Vaccination in the Punjab 1905-1918 - 1905-1918
Year: 1905
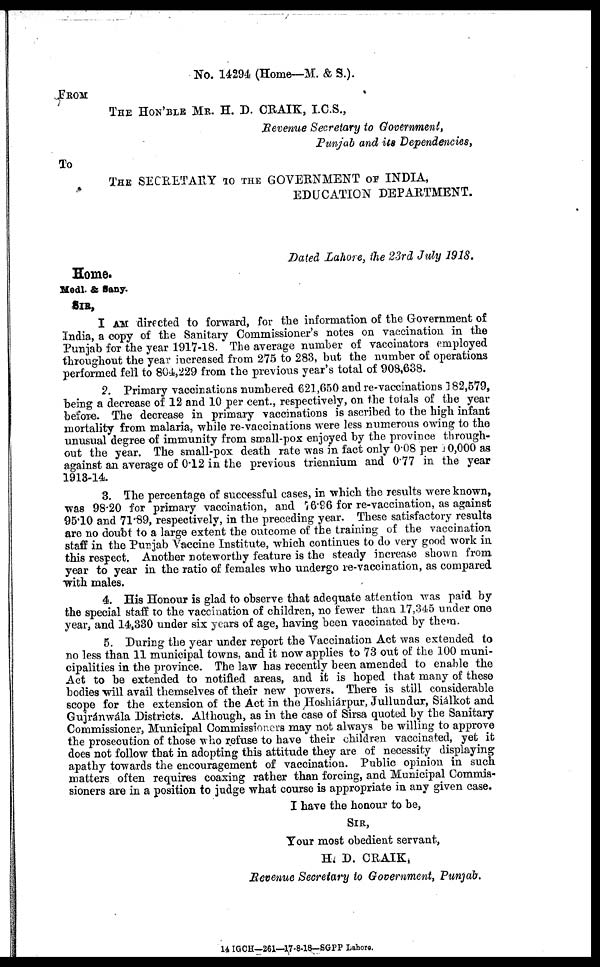
No. 14294 (Home—M. & S.).
FROM
THE HON'BLE MR. H. D. CRAIK, I.C.S.,
Revenue Secretary to Government,
Punjab and its Dependencies,
To
THE SECRETARY TO THE GOVERNMENT OF INDIA,
EDUCATION DEPARTMENT.
Dated Lahore, the 23rd July 1918.
Home.
Medl. & Sany.
SIR,
I AM directed to forward, for the information of the Government of
India, a copy of the Sanitary Commissioner's notes on vaccination in the
Punjab for the year 1917-18. The average number of vaccinators employed
throughout the year increased from 275 to 283, but the number of operations
performed fell to 804,229 from the previous year's total of 908,638.
2. Primary vaccinations numbered 621,650 and re-vaccinations 182,579,
being a decrease of 12 and 10 per cent., respectively, on the totals of the year
before. The decrease in primary vaccinations is ascribed to the high infant
mortality from malaria, while re-vaccinations were less numerous owing to the
unusual degree of immunity from small-pox enjoyed by the province through-
out the year. The small-pox death rate was in fact only 0.08 per 10,000 as
against an average of 0.12 in the previous triennium and 0.77 in the year
1913-14.
3. The percentage of successful cases, in which the results were known,
was 98.20 for primary vaccination, and 76.96 for re-vaccination, as against
95.10 and 71.89, respectively, in the preceding year. These satisfactory results
are no doubt to a large extent the outcome of the training of the vaccination
staff in the Punjab Vaccine Institute, which continues to do very good work in
this respect. Another noteworthy feature is the steady increase shown from
year to year in the ratio of females who undergo re-vaccination, as compared
with males.
4. His Honour is glad to observe that adequate attention was paid by
the special staff to the vaccination of children, no fewer than 17,345 under one
year, and 14,330 under six years of age, having been vaccinated by them.
5. During the year under report the Vaccination Act was extended to
no less than 11 municipal towns, and it now applies to 73 out of the 100 muni-
cipalities in the province. The law has recently been amended to enable the
Act to be extended to notified areas, and it is hoped that many of these
bodies will avail themselves of their new powers. There is still considerable
scope for the extension of the Act in the Hoshiárpur, Jullundur, Siálkot and
Gujránwála Districts. Although, as in the case of Sirsa quoted by the Sanitary
Commissioner, Municipal Commissioners may not always be willing to approve
the prosecution of those who refuse to have their children vaccinated, yet it
does not follow that in adopting this attitude they are of necessity displaying
apathy towards the encouragement of vaccination. Public opinion in such
matters often requires coaxing rather than forcing, and Municipal Commis-
sioners are in a position to judge what course is appropriate in any given case.
I have the honour to be,
SIR,
Your most obedient servant,
H. D. CRAIK,
Revenue Secretary to Government, Punjab.
14 IGCH—261—17-8-18—SGPP Lahore.